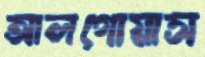
আলগোয়াস